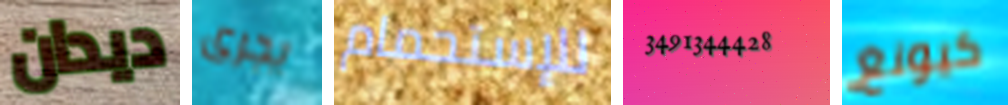
ديدان يجرى للإستحمام 3491344428 كيونغ